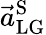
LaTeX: \vec{a}_{\mathrm{LG}}^{\mathrm{S}}